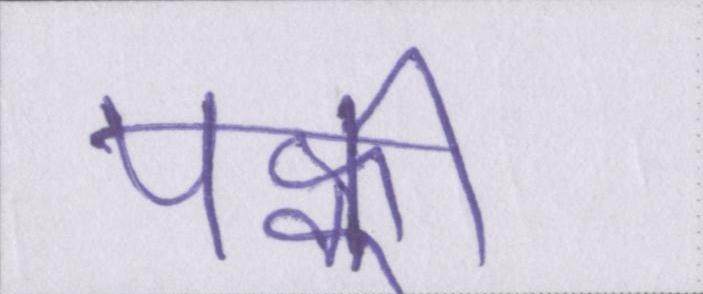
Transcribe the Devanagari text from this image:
पक्की